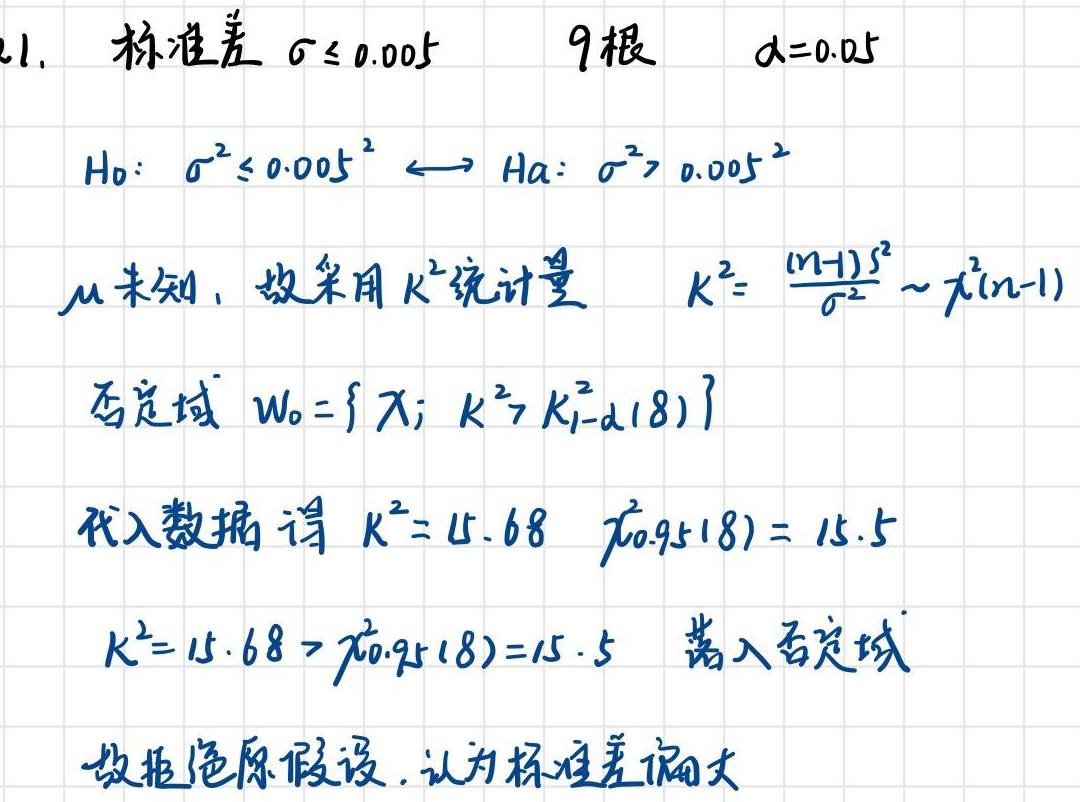
1. 标准差 $\sigma \leq 0.005$  9根  $\alpha = 0.05$
$H_0: \sigma^2 \leq 0.005^2 \longleftrightarrow H_a: \sigma^2 > 0.005^2$
$\mu$ 未知，故采用 $K^2$ 统计量  $K^2 = \frac{(n - 1)s^2}{\sigma^2} \sim \chi^2(n - 1)$
否定域 $W_0 = \{ \chi; K^2 > K_{1 - \alpha}^2(8) \}$
代入数据得 $K^2 = 15.68$  $\chi_{0.95}^2(8) = 15.5$
$K^2 = 15.68 > \chi_{0.95}^2(8) = 15.5$ 落入否定域
故拒绝原假设，认为标准差偏大